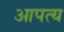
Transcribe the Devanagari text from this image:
आपत्य